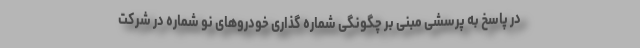
در پاسخ به پرسشی مبنی بر چگونگی شماره گذاری خودروهای نو شماره در شرکت